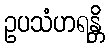
ဥပသံဟရန္တိ